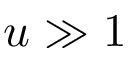
u \gg 1